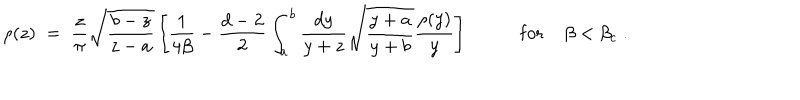
\rho ( z ) \; = \; { \frac { z } { \pi } } \sqrt { \frac { b - z } { z - a } } \left[ { \frac { 1 } { 4 \beta } } - { \frac { d - 2 } { 2 } } \int _ { a } ^ { b } { \frac { d y } { y + z } } \sqrt { \frac { y + a } { y + b } } { \frac { \rho ( y ) } { y } } \right] \; \mathrm { f o r } \; \beta < \beta _ { c } \; .